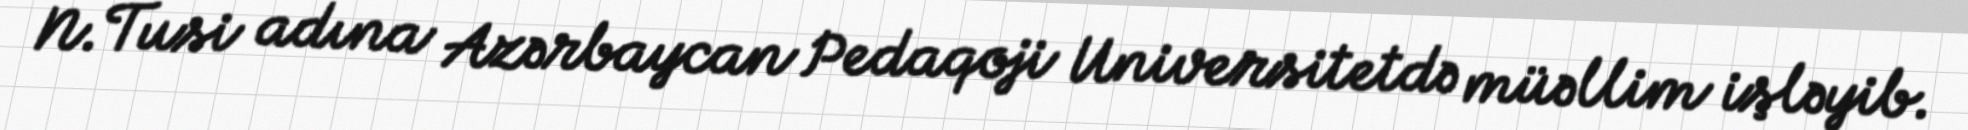
N.Tusi adına Azərbaycan Pedaqoji Universitetdə müəllim işləyib.